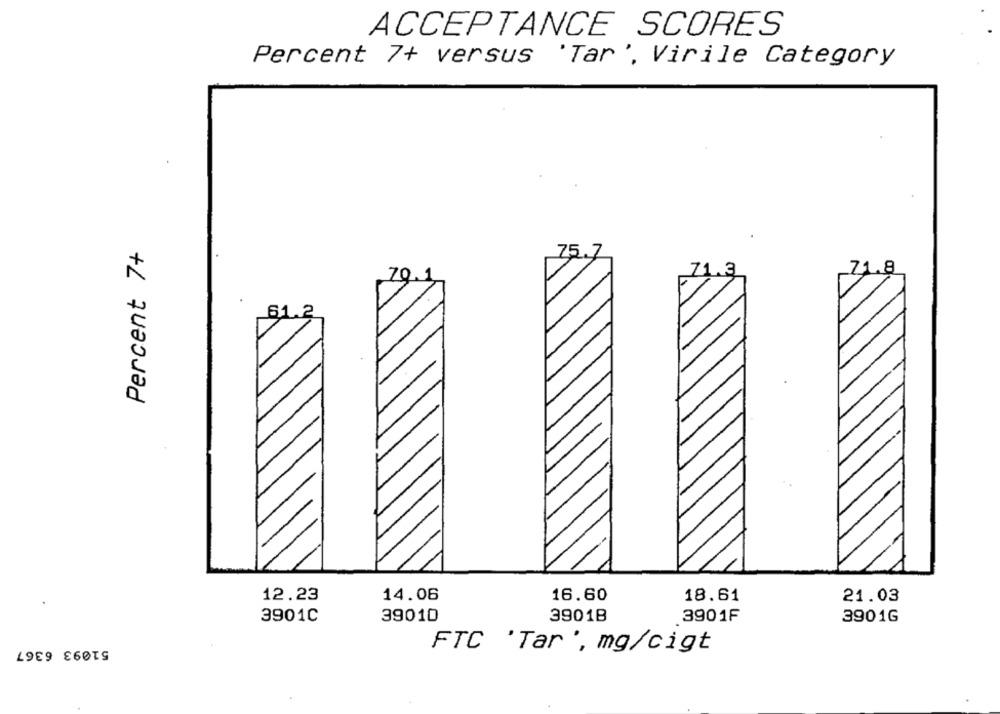
ACCEPTANCE SCORES
Percent 7+ versus 'Tar', Virile Category
Percent 7+
75.
71.
70.1
61.2
12.23
14.06
16.60
18.61
21.03
3901C
39010
39018
3901F
3901G
51093 6367
FTC 'Tar', mg/cigt